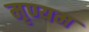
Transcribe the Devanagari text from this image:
मृण्यम